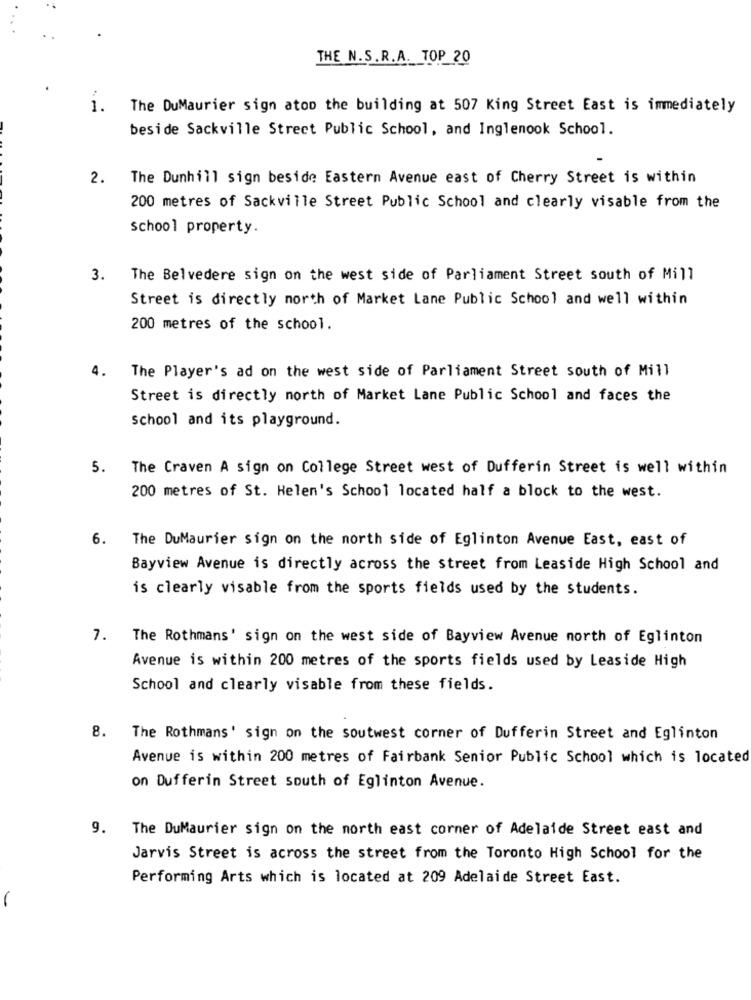
THE N.S.R.A. TOP 20
1.
The DuMaurier sign atoo the building at 507 King Street East is immediately
beside Sackville Street Public School, and Inglenook School.
2.
The Dunhill sign beside Eastern Avenue east of Cherry Street is within
200 metres of Sackville Street Public School and clearly visable from the
school property.
3.
The Belvedere sign on the west side of Parliament Street south of Mill
Street is directly north of Market Lane Public School and well within
200 metres of the school.
4.
The Player's ad on the west side of Parliament Street south of Mill
Street is directly north of Market Lane Public School and faces the
school and its playground.
5.
The Craven A sign on College Street west of Dufferin Street is well within
200 metres of St. Helen's School located half a block to the west.
6.
The DuMaurier sign on the north side of Eglinton Avenue East, east of
Bayview Avenue is directly across the street from Leaside High School and
is clearly visable from the sports fields used by the students.
7.
The Rothmans' sign on the west side of Bayview Avenue north of Eglinton
Avenue is within 200 metres of the sports fields used by Leaside High
School and clearly visable from these fields.
8. The Rothmans' sign on the soutwest corner of Dufferin Street and Eglinton
Avenue is within 200 metres of Fairbank Senior Public School which is located
on Dufferin Street south of Eglinton Avenue.
9. The DuMaurier sign on the north east corner of Adelaide Street east and
Jarvis Street is across the street from the Toronto High School for the
Performing Arts which is located at 209 Adelaide Street East.